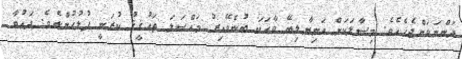
ދަންނަވަންޖެހެއެވެ. މިސާލަކަށް އަނިޔާލިބޭ ވާހަކަ ބުނެވޭއިރު މައްސަލަ ތަޙުޤީޤު ކުރަނީ ފުލުހުންނެވެ. ދަޢުވާ